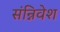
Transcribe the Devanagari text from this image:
संन्निवेश